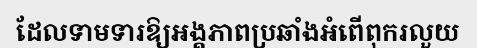
ដែលទាមទារឱ្យអង្គភាពប្រឆាំងអំពើពុករលួយ